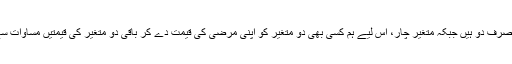
اب چونکہ مساوات صرف دو ہیں جبکہ متغیر چار، اس لیے ہم کسی بھی دو متغیر کو اپنی مرضی کی قیمت دے کر باقی دو متغیر کی قیمتیں مساوات سے نکال سکتے ہیں۔